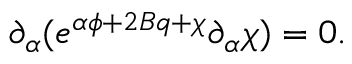
\partial _ { \alpha } ( e ^ { \alpha \phi + 2 B q + \chi } \partial _ { \alpha } \chi ) = 0 .